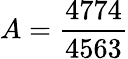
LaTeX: A=\frac{4774}{4563}